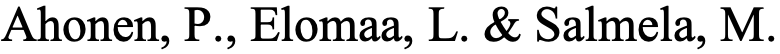
Ahonen, P., Elomaa, L. & Salmela, M.